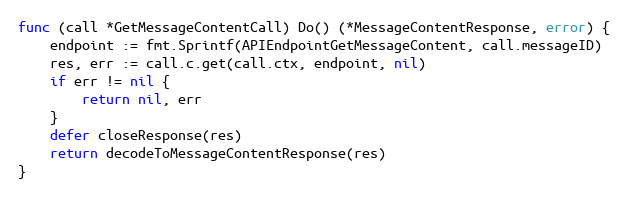
Language: Go
func (call *GetMessageContentCall) Do() (*MessageContentResponse, error) {
	endpoint := fmt.Sprintf(APIEndpointGetMessageContent, call.messageID)
	res, err := call.c.get(call.ctx, endpoint, nil)
	if err != nil {
		return nil, err
	}
	defer closeResponse(res)
	return decodeToMessageContentResponse(res)
}